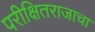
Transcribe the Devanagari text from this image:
परीक्षितराजाचा